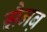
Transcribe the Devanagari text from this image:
झैनब़